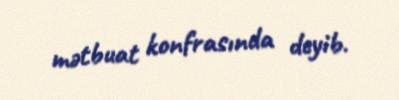
mətbuat konfrasında deyib.